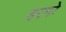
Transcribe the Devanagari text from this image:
हएगो